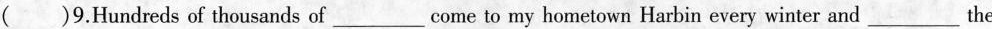
( )9.Hundreds of thousands of___come to my hometown Harbin every winter and___the